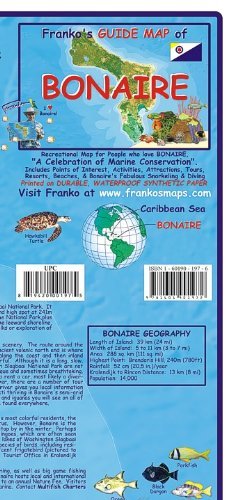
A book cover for Bonaire (Netherlands Antilles) 1:85 000 Dive, Drive & Bike Map, waterproof FRANKO; Franko; Travel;